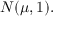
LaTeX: N ( \mu , 1 ) .